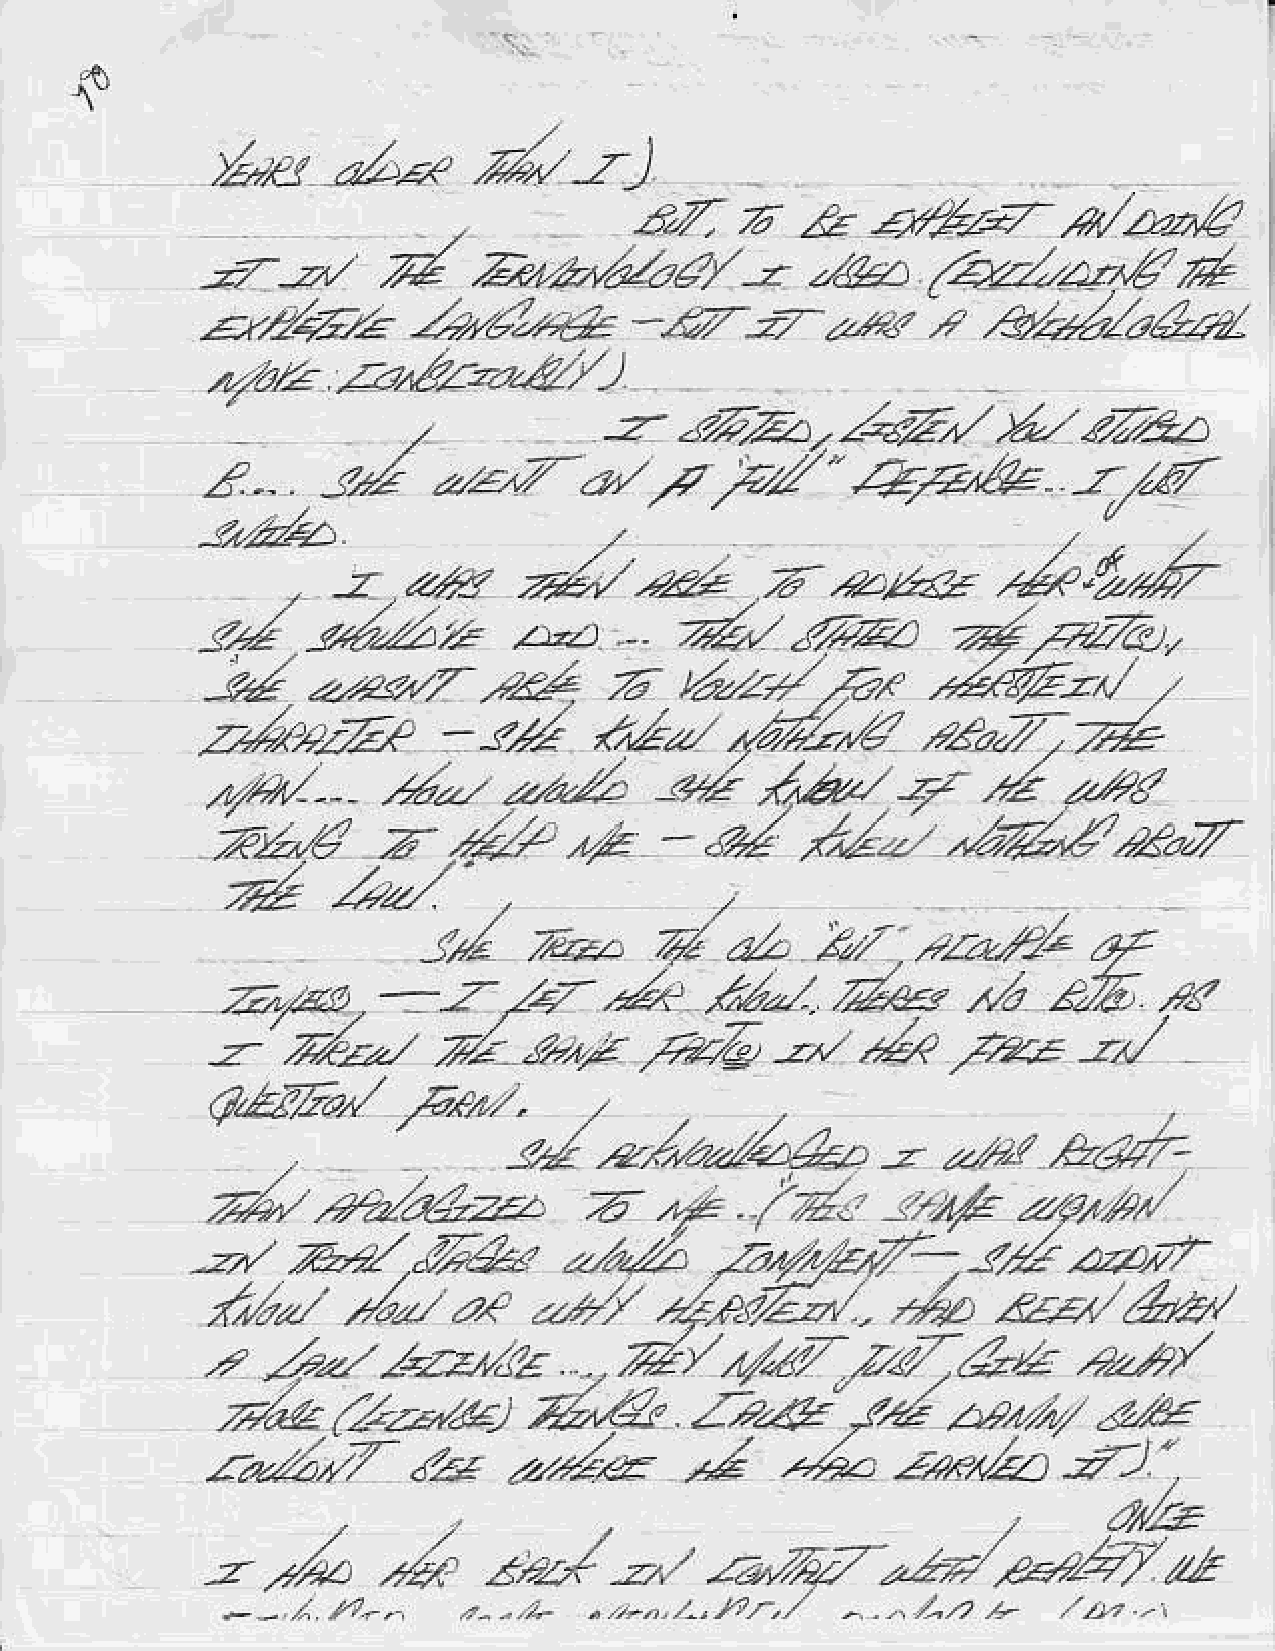
+
 dl-z)
 y'o*t
 ,zZue               -e.az
 ,
 lE   4,*.P7
 z7   ,tt/  ,/*                                          "t/zEr r.r*?
 2,",a,.rr,/,azr4y --z  21114   ,/'Azaaz-r
 -a|,z{oza,/;Ez*-&-r.rzzzz.a.U.zLaAzZ
 z&<.aZ/)
 "7ar-
 -z:'-r;7)hAz,-1.+<Z/.&,/tZ:.,Ea
 ..1;;;;';                             ;-;;,zr;"
 a.
 j/
 z   t/a,.-/,.e       ./rrVr.
 -tZ    az -, z/4 c.t /Z/ ,.z?z44* /a t/.rt'z /4'? 4/24'Jir-zu /
 ,??a,Z'*
 24"./,'7.P      - -czl    <,.2*   4a/-,4
 .                       1l
 /5"-                     ,6a-     4/    .4   r"?
 -2,</4
 r/41-           4-                     ,z.j
 z
 hna
 ,Z   _
 az1
 zL/
 z.b